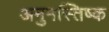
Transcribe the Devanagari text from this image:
अनुमस्तिष्‍क